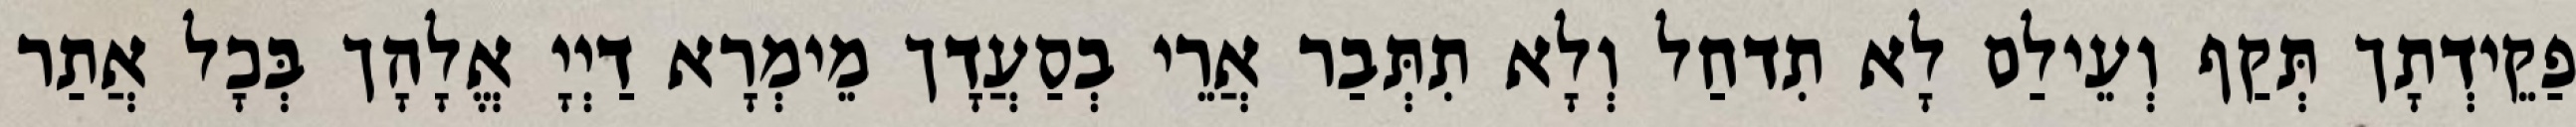
פַקֵידְתָך תְּקַף וְעֵילַם לָא תִדחַל וְלָא תִתְּבַר אֲרֵי בְסַעֲדָך מֵימְרָא דַיְיָ אֱלָהָך בְּכָל אֲתַר